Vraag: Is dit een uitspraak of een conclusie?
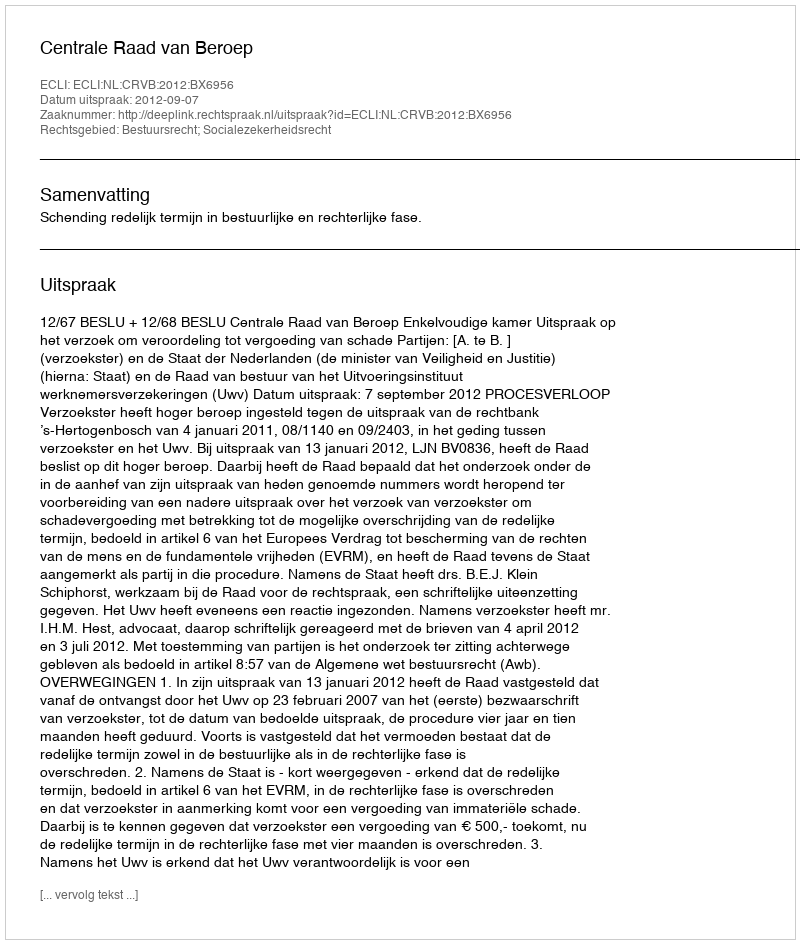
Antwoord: Uitspraak